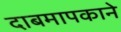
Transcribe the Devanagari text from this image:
दाबमापकाने